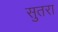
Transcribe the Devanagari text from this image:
सुतरा